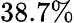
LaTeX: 38.7\%